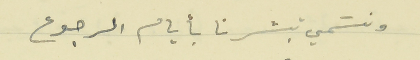
ونسَمي تبشرنا بأيام الرجوع